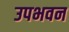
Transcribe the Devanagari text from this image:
उपभवन